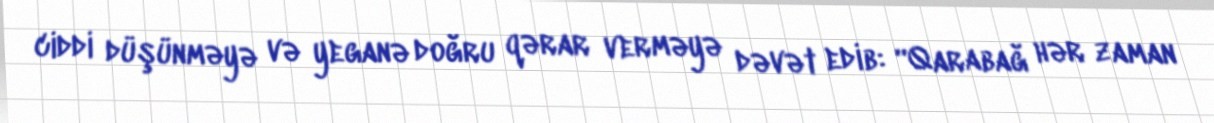
ciddi düşünməyə və yeganə doğru qərar verməyə dəvət edib: “Qarabağ hər zaman